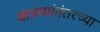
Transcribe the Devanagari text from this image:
बातम्यांनंतरच्या